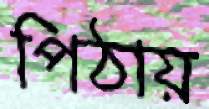
পিঠায়